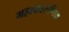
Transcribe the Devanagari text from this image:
महाकारुणिक